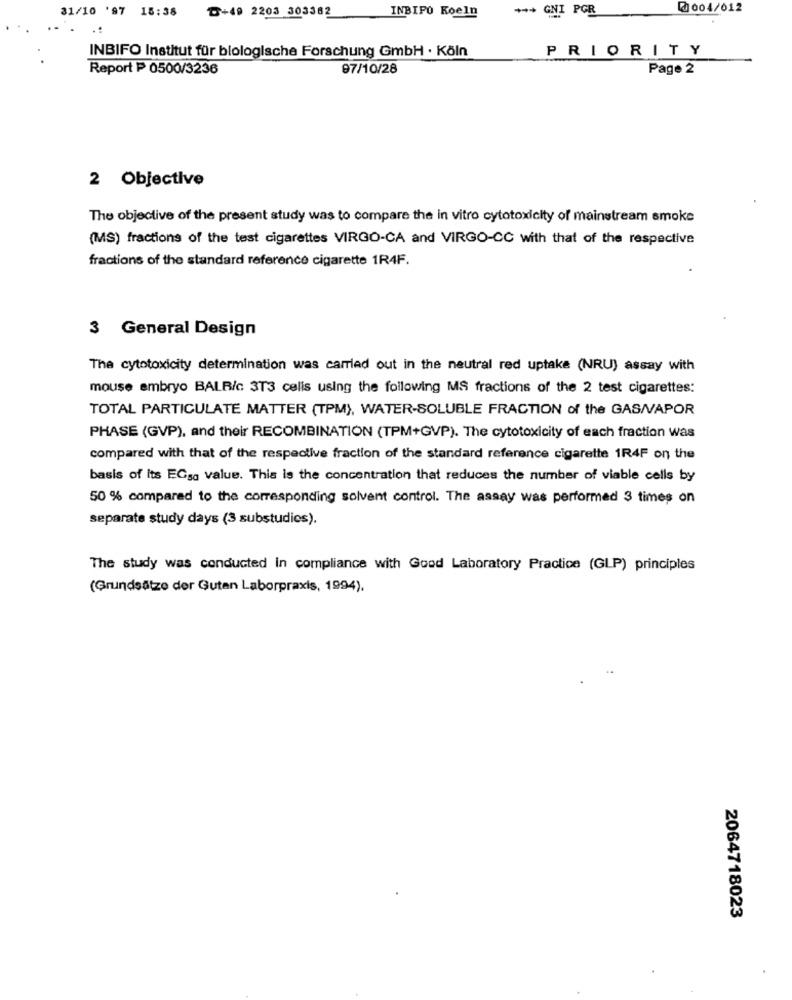
31/10 '97 15:38
+ ** GNI PGR
J 004/012
₸+49 2203 303382
INBIFO Koeln
..
.:
INBIFO Institut für biologische Forschung GmbH · Köln
PRIORITY
Report P 0500/3236
97/10/28
Page 2
2 Objective
The objective of the present study was to compare the in vitro cytotoxicity of mainstream smoke
(MS) fractions of the test cigarettes VIRGO-CA and VIRGO-CC with that of the respective
fractions of the standard reference cigarette 1R4F.
3 General Design
The cytotoxicity determination was carried out in the neutral red uptake (NRU) assay with
mouse embryo BALR/c 3T3 cells using the following MS fractions of the 2 test cigarettes:
TOTAL PARTICULATE MATTER (TPM), WATER-SOLUBLE FRACTION of the GAS/VAPOR
PHASE (GVP), and their RECOMBINATION (TPM+GVP). The cytotoxicity of each fraction was
compared with that of the respective fraction of the standard reference cigarette 1R4F on the
basis of its ECsa value. This is the concentration that reduces the number of viable cells by
50 % compared to the corresponding solvent control. The assay was performed 3 times on
separate study days (3 substudies).
The study was conducted in compliance with Good Laboratory Practice (GLP) principles
(Grundsätze der Guten Laborpraxis, 1994).
2064718023